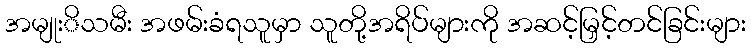
အမျုးိသမီး အဖမ်းခံရသူမှာ သူတို့အရိပ်များကို အဆင့်မြှင့်တင်ခြင်းများ